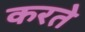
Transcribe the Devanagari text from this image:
करते